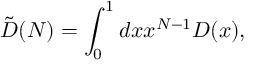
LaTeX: \tilde { D } ( N ) = \int _ { 0 } ^ { 1 } d x x ^ { N - 1 } D ( x ) ,